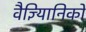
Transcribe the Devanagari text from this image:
वैज्ञ्यिानिकों